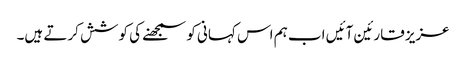
عزیز قارئین آئیں اب ہم اس کہانی کو سمجھنے کی کوشش کرتے ہیں۔